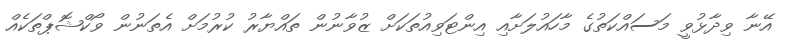
އޭނާ ވިދާޅުވީ މަސައްކަތުގެ މާހައުލަށާއި އިންޓަވިއުތަކަށް ޒުވާނުން ތައްޔާރު ކުރުމަށް އެތަނުން ވޯކްޝޮޕްތަކެއް